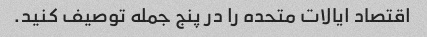
اقتصاد ایالات متحده را در پنج جمله توصیف کنید.